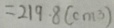
= 2 1 9 . 8 ( c m ^ { 3 } )